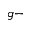
g -